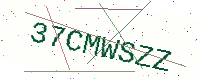
Text: 37CMWSZZ